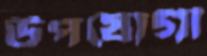
উপযোগী